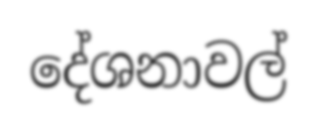
දේශනාවල්